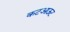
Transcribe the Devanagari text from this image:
कटआऊट